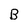
Character: B